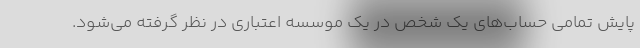
پایش تمامی حساب‌های یک شخص در یک موسسه اعتباری در نظر گرفته می‌شود.